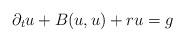
LaTeX: \begin{align*}\partial _{t}u+B(u,u)+ru=g \end{align*}